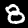
Label: 8